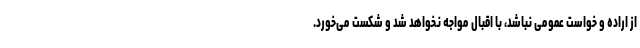
از اراده و خواست عمومی نباشد، با اقبال مواجه نخواهد شد و شکست می‌خورد.